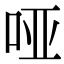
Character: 哑